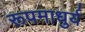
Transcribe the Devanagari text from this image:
रूपमाधुर्य